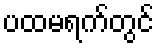
ပထမရက်တွင်